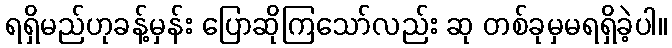
ရရှိမည်ဟုခန့်မှန်း ပြောဆိုကြသော်လည်း ဆု တစ်ခုမှမရရှိခဲ့ပါ။